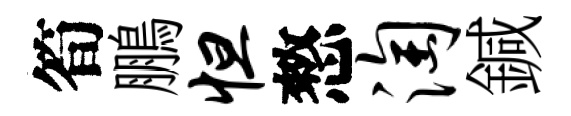
筍鵬怛憗淘鍼